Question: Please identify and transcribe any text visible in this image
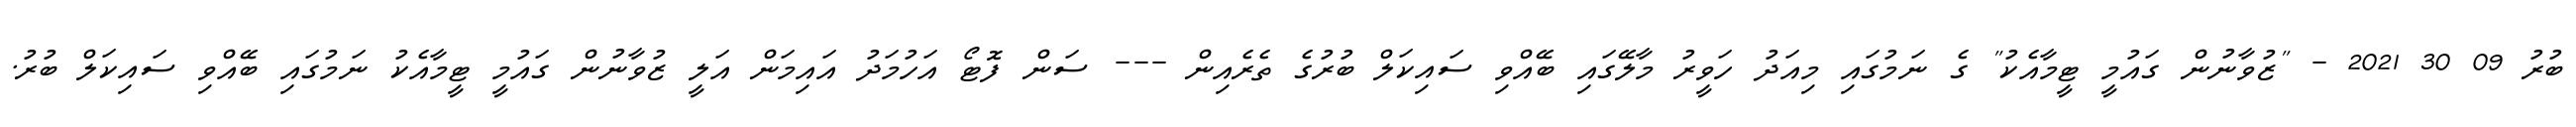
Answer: ބުރު 09 30 2021 - "ޒުވާނުން ގައުމީ ޓީމާއެކު" ގެ ނަމުގައި މިއަދު ހަވީރު މާލޭގައި ބޭއްވި ސައިކަލް ބުރުގެ ތެރެއިން --- ސަން ފޮޓޯ އަހުމަދު އައިމަން އަލީ ޒުވާނުން ގައުމީ ޓީމާއެކު ނަމުގައި ބޭއްވި ސައިކަލް ބުރު.